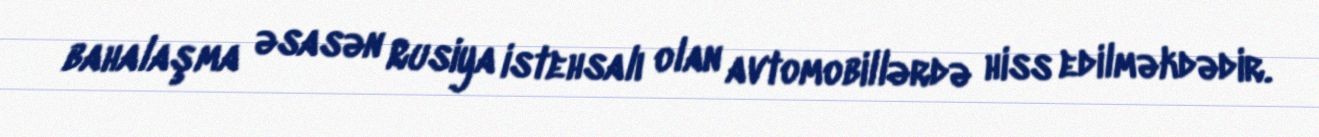
bahalaşma əsasən Rusiya istehsalı olan avtomobillərdə hiss edilməkdədir.